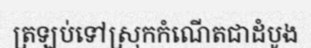
ត្រឡប់ទៅស្រុកកំណើតជាដំបូង